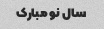
سال نو مبارک